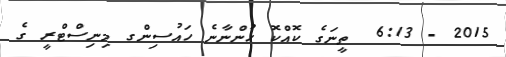
2015 - 6:13  ތީނަގެ ކޮއްކޮ ހުންނާނެ ހައުސިންގ މިނިސްޓްރީ ގެ